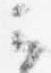
云